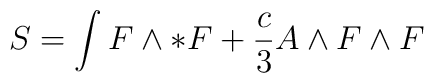
S=\int F\wedge * F + \frac{c}{3} A \wedge F\wedge F